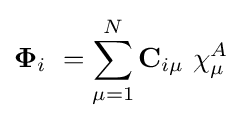
\mathbf {\Phi } _{i}\ =\sum _{\mu =1}^{N}\mathbf {C} _{i\mu }\ \mathbf {\chi } _{\mu }^{A}